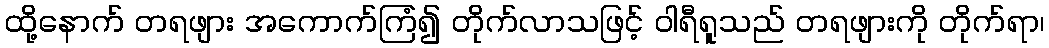
ထို့နောက် တရဖျား အကောက်ကြံ၍ တိုက်လာသဖြင့် ဝါရီရူသည် တရဖျားကို တိုက်ရာ၊